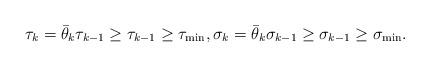
LaTeX: \begin{align*}\tau_k = \bar\theta_k \tau_{k-1} \geq \tau_{k-1} \geq \tau_\mathrm{min},\sigma_k = \bar\theta_k \sigma_{k-1} \geq \sigma_{k-1} \geq \sigma_\mathrm{min}.\end{align*}